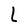
Character: L